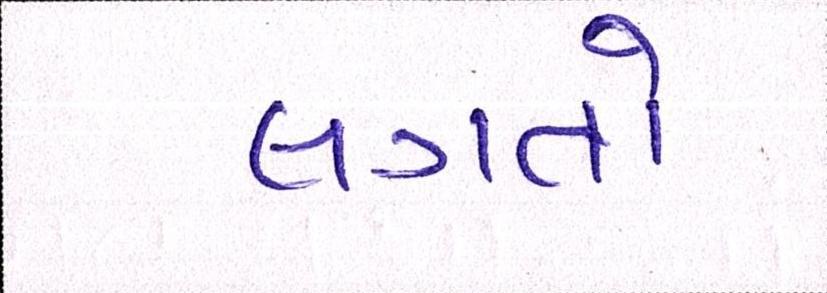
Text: લગતો